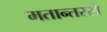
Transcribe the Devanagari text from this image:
मतान्तरसे